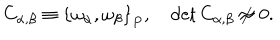
C _ { \alpha , \beta } \equiv \left\{ \omega _ { \alpha } , \omega _ { \beta } \right\} _ { P } , \quad \det C _ { \alpha , \beta } \not \approx 0 .